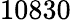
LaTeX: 10830